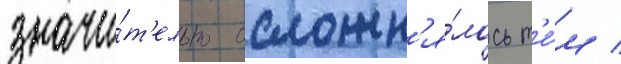
значи́т'ельно осложн'я́лось т'е́м /